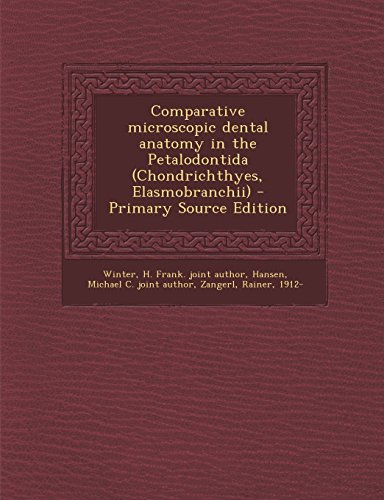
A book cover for Comparative microscopic dental anatomy in the Petalodontida (Chondrichthyes, Elasmobranchii); H Frank. joint author Winter; Medical Books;